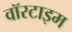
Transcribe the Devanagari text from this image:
वॉरटाइम